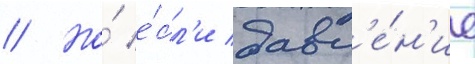
// Но́ е́сл'и давл'е́н'ие